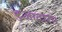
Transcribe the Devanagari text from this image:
टुआटारा।